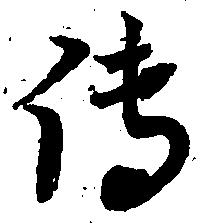
伝